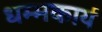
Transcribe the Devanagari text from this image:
धम्मकार्य